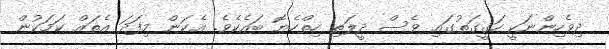
ދިވެހިންނަކީ ހަގީގަތުގައި ވެސް ދީލަތި ހިތްހެޔޮ ބައެކެވެ. އެކަން މިފަދަ އެތައް ކަމަކުން